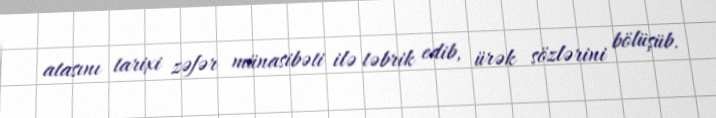
atasını tarixi zəfər münasibəti ilə təbrik edib, ürək sözlərini bölüşüb.